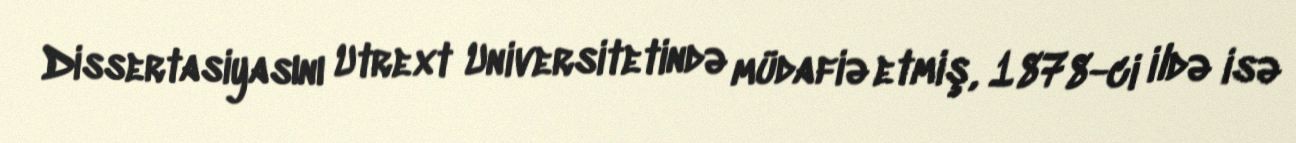
Dissertasiyasını Utrext Universitetində müdafiə etmiş, 1878-ci ildə isə